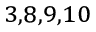
^ { 3 , 8 , 9 , 1 0 }